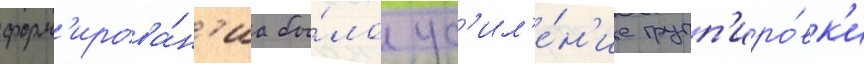
форм'ирова́н'иа бы́ло ус'ил'е́н'ие групп'иро́вк'и